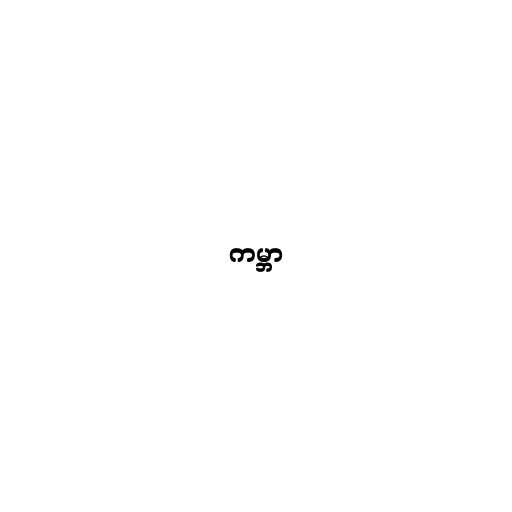
ကမ္ဘာ